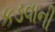
કડવાની